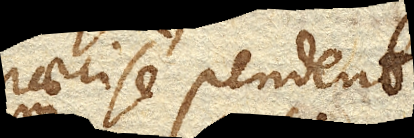
in praecise pendent